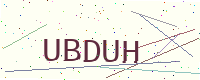
Text: UBDUH